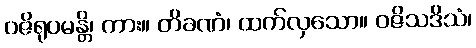
ဝဇိရုပမန္တိ၊ ကား။ တိခဏံ၊ ထက်လှသော။ ဝဇိသဒိသံ၊